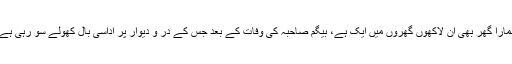
ہمارا گھر بھی ان لاکھوں گھروں میں ایک ہے، بیگم صاحبہ کی وفات کے بعد جس کے در و دیوار پر اُداسی بال کھولے سو رہی ہے۔